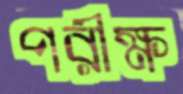
পরীক্ষ